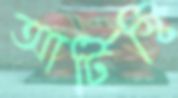
আর্টিস্টি